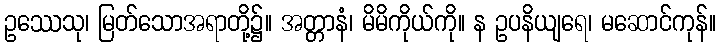
ဥဿေသု၊ မြတ်သောအရာတို့၌။ အတ္တာနံ၊ မိမိကိုယ်ကို။ န ဥပနိယျရေ၊ မဆောင်ကုန်။